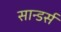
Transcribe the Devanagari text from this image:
सान्डर्स